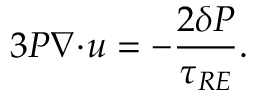
3 P \boldsymbol { \nabla } \! \cdot \! \boldsymbol { u } = - \frac { 2 \delta { P } } { \tau _ { R E } } .